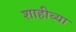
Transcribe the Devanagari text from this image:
शाहीच्या